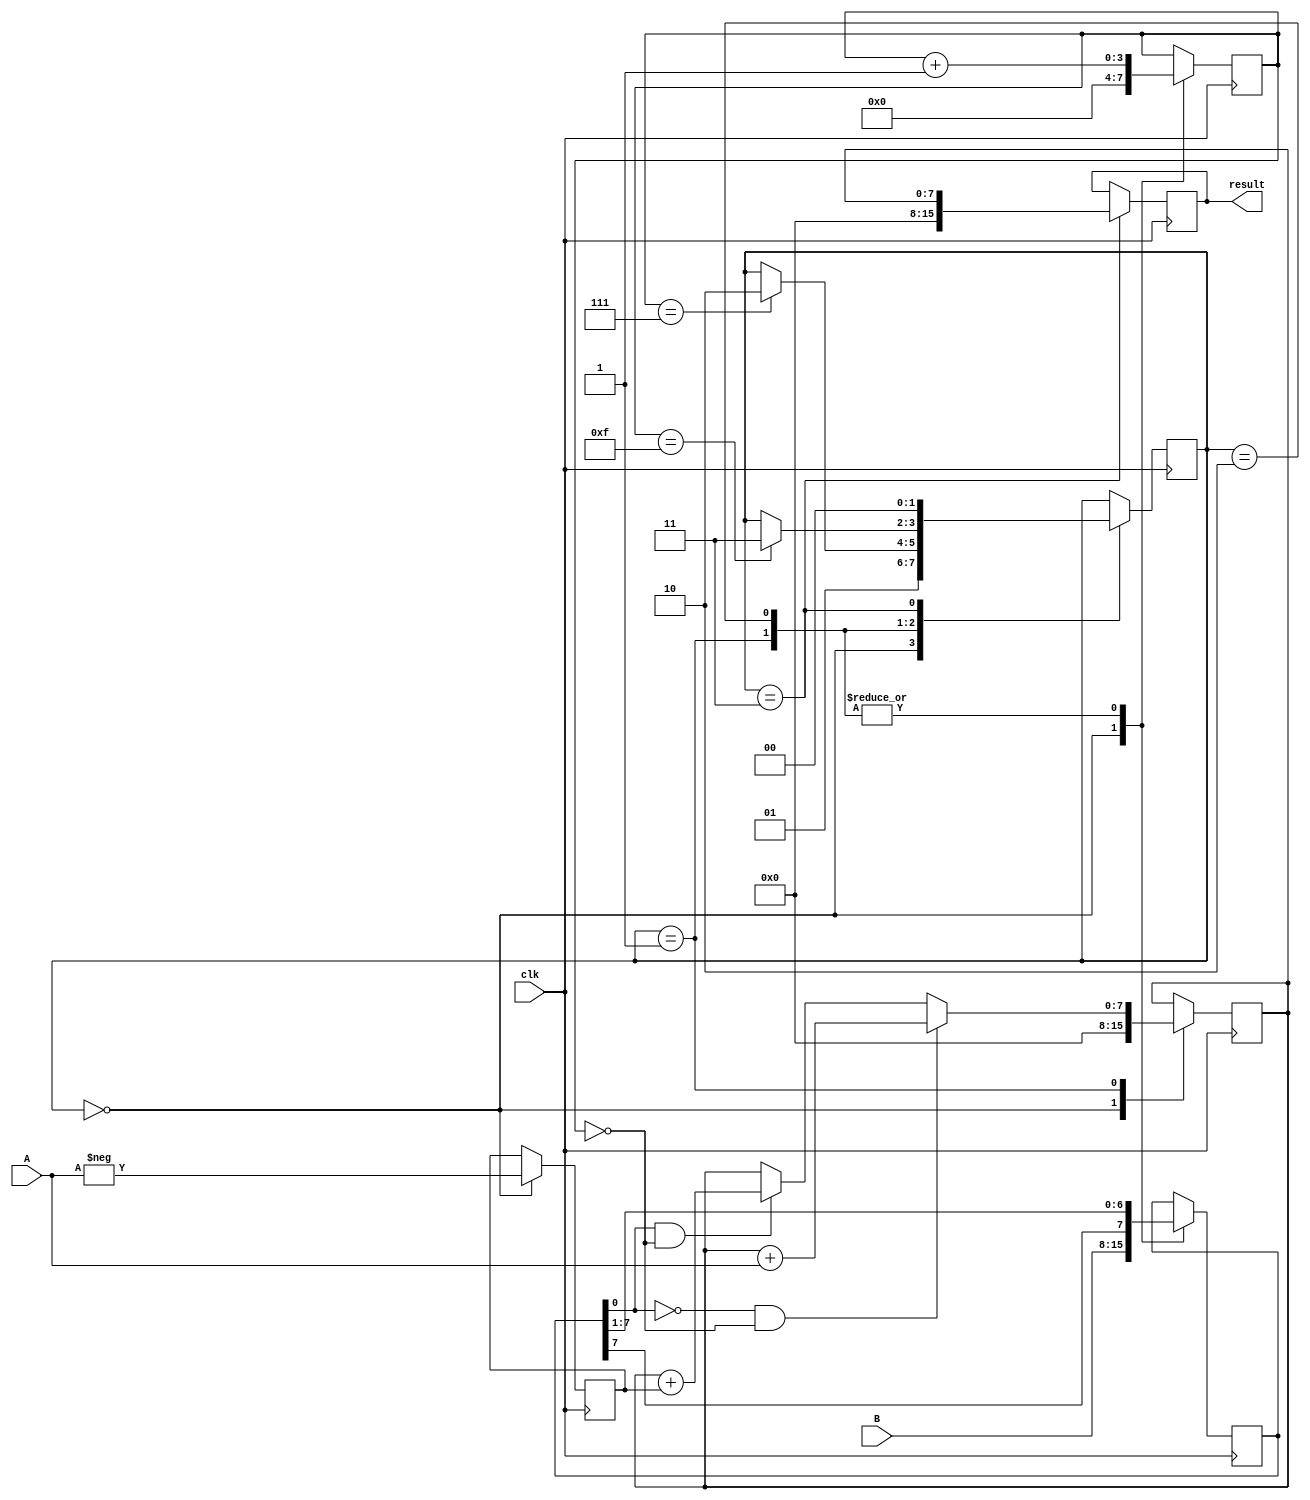
module Booth_Multiplier(
  input [7:0] A,
  input [7:0] B,
  input clk,
  output reg [15:0] result
);

reg [7:0] Booth_B;
reg [7:0] A_neg;
reg [7:0] ACC;
reg [3:0] count;
reg [1:0] state;

always @(posedge clk) begin
  case(state)
    2'b00: begin // Initialization
      Booth_B <= B;
      A_neg <= -A;
      ACC <= 0;
      count <= 4'd0;
      state <= 2'b01;
    end
    2'b01: begin // Booth Encoding
      if(Booth_B[0] == 0 && count == 4'd0) begin
        ACC <= ACC + A;
      end else if(Booth_B[0] == 1 && count == 4'd0) begin
        ACC <= ACC + A_neg;
      end
      Booth_B <= {Booth_B[7], Booth_B[7:1]};
      count <= count + 1;
      if(count == 4'd7) begin
        state <= 2'b10;
      end
    end
    2'b10: begin // Shifting
      Booth_B <= {Booth_B[7], Booth_B[7:1]};
      count <= count + 1;
      if(count == 4'd15) begin
        state <= 2'b11;
      end
    end
    2'b11: begin // Final addition
      result <= ACC;
      state <= 2'b00;
    end
  endcase
end

endmodule